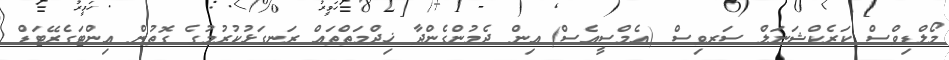
މޯލްޑިވްސް ކަރެކްޝަނަލް ސަރވިސް (އެމްސީއެސް) އިން ދެމުންގެންދާ ޚިދްމަތްތައް ރަނގަޅުކުރުމުގެ ގޮތުން އިންޓަގެރޭޓަޑް